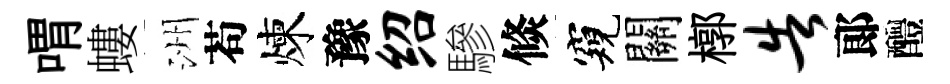
喟螻洲苟煉豫绍驂倐窺關槨告郞醴